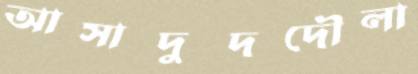
আসাদুদদৌলা